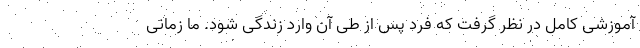
آموزشی کامل در نظر گرفت که فرد پس از طی آن وارد زندگی شود. ما زمانی